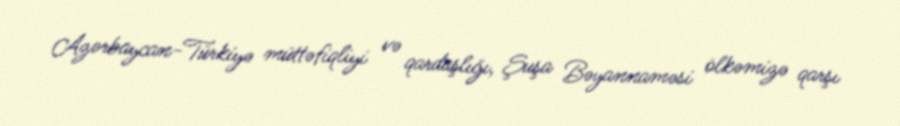
Azərbaycan-Türkiyə müttəfiqliyi və qardaşlığı, Şuşa Bəyannaməsi ölkəmizə qarşı